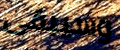
وسيبقى